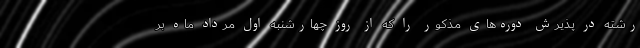
رشته در پذیرش دوره‌های مذکور را که از روز چهارشنبه اول مرداد ماه بر